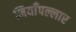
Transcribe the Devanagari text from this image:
मियाँपल्लार